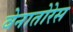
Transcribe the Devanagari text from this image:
वेनातोरेस